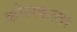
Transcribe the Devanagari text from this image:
कोलकत्‍ता